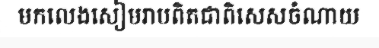
មកលេងសៀមរាបពិតជាពិសេសចំណាយ